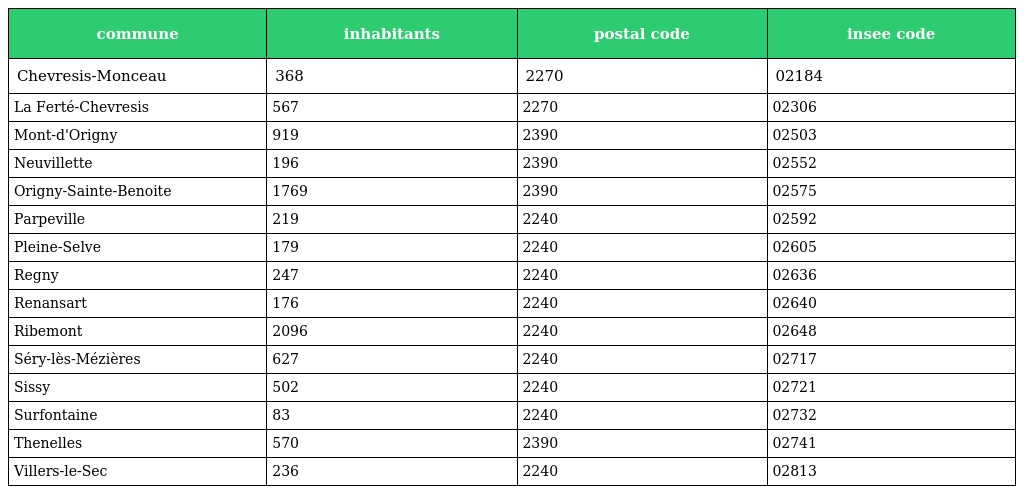
| commune | inhabitants | postal code | insee code |
 | --- | --- | --- | --- |
 | Chevresis-Monceau | 368 | 2270 | 02184 |
 | La Ferté-Chevresis | 567 | 2270 | 02306 |
 | Mont-d'Origny | 919 | 2390 | 02503 |
 | Neuvillette | 196 | 2390 | 02552 |
 | Origny-Sainte-Benoite | 1769 | 2390 | 02575 |
 | Parpeville | 219 | 2240 | 02592 |
 | Pleine-Selve | 179 | 2240 | 02605 |
 | Regny | 247 | 2240 | 02636 |
 | Renansart | 176 | 2240 | 02640 |
 | Ribemont | 2096 | 2240 | 02648 |
 | Séry-lès-Mézières | 627 | 2240 | 02717 |
 | Sissy | 502 | 2240 | 02721 |
 | Surfontaine | 83 | 2240 | 02732 |
 | Thenelles | 570 | 2390 | 02741 |
 | Villers-le-Sec | 236 | 2240 | 02813 |